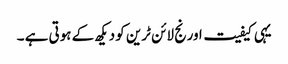
یہی کیفیت اورنج لائن ٹرین کو دیکھ کے ہوتی ہے ۔